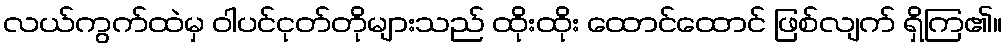
လယ်ကွက်ထဲမှ ဝါပင်ငုတ်တိုများသည် ထိုးထိုး ထောင်ထောင် ဖြစ်လျက် ရှိကြ၏။